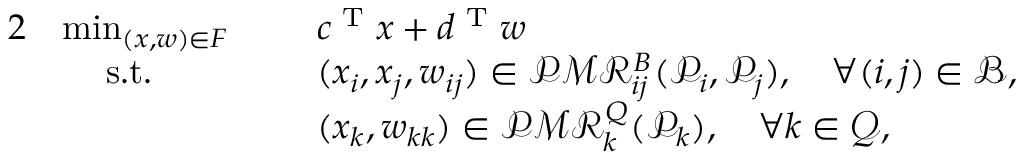
\begin{array} { r l r l } { { 2 } } & { \operatorname* { m i n } _ { ( x , w ) \in F } \: \: } & & { c ^ { \textup { T } } x + d ^ { \textup { T } } w } \\ & { \quad \: \mathrm { s . t . } } & & { ( x _ { i } , x _ { j } , w _ { i j } ) \in \mathcal { P M R } _ { i j } ^ { B } ( \mathcal { P } _ { i } , \mathcal { P } _ { j } ) , \quad \forall ( i , j ) \in \mathcal { B } , } \\ & { } & & { ( x _ { k } , w _ { k k } ) \in \mathcal { P M R } _ { k } ^ { Q } ( \mathcal { P } _ { k } ) , \quad \forall k \in \mathcal { Q } , } \end{array}